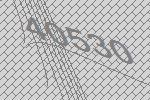
40530